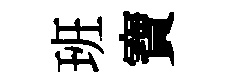
班寶